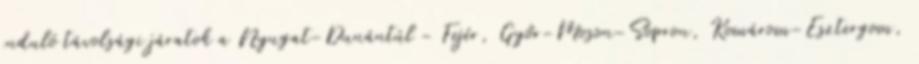
induló távolsági járatok a Nyugat-Dunántúl - Fejér, Győr-Moson-Sopron, Komárom-Esztergom,